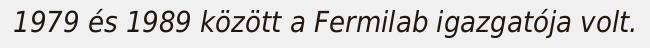
1979 és 1989 között a Fermilab igazgatója volt.